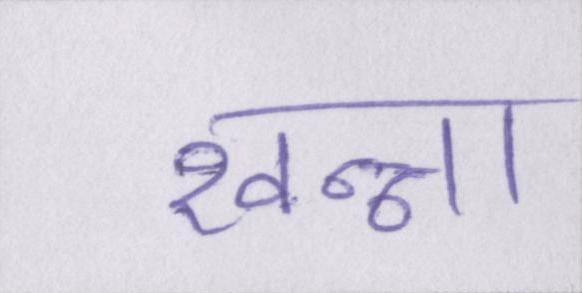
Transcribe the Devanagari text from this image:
खन्ना